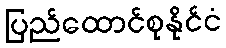
ပြည်ထောင်စုနိုင်ငံ